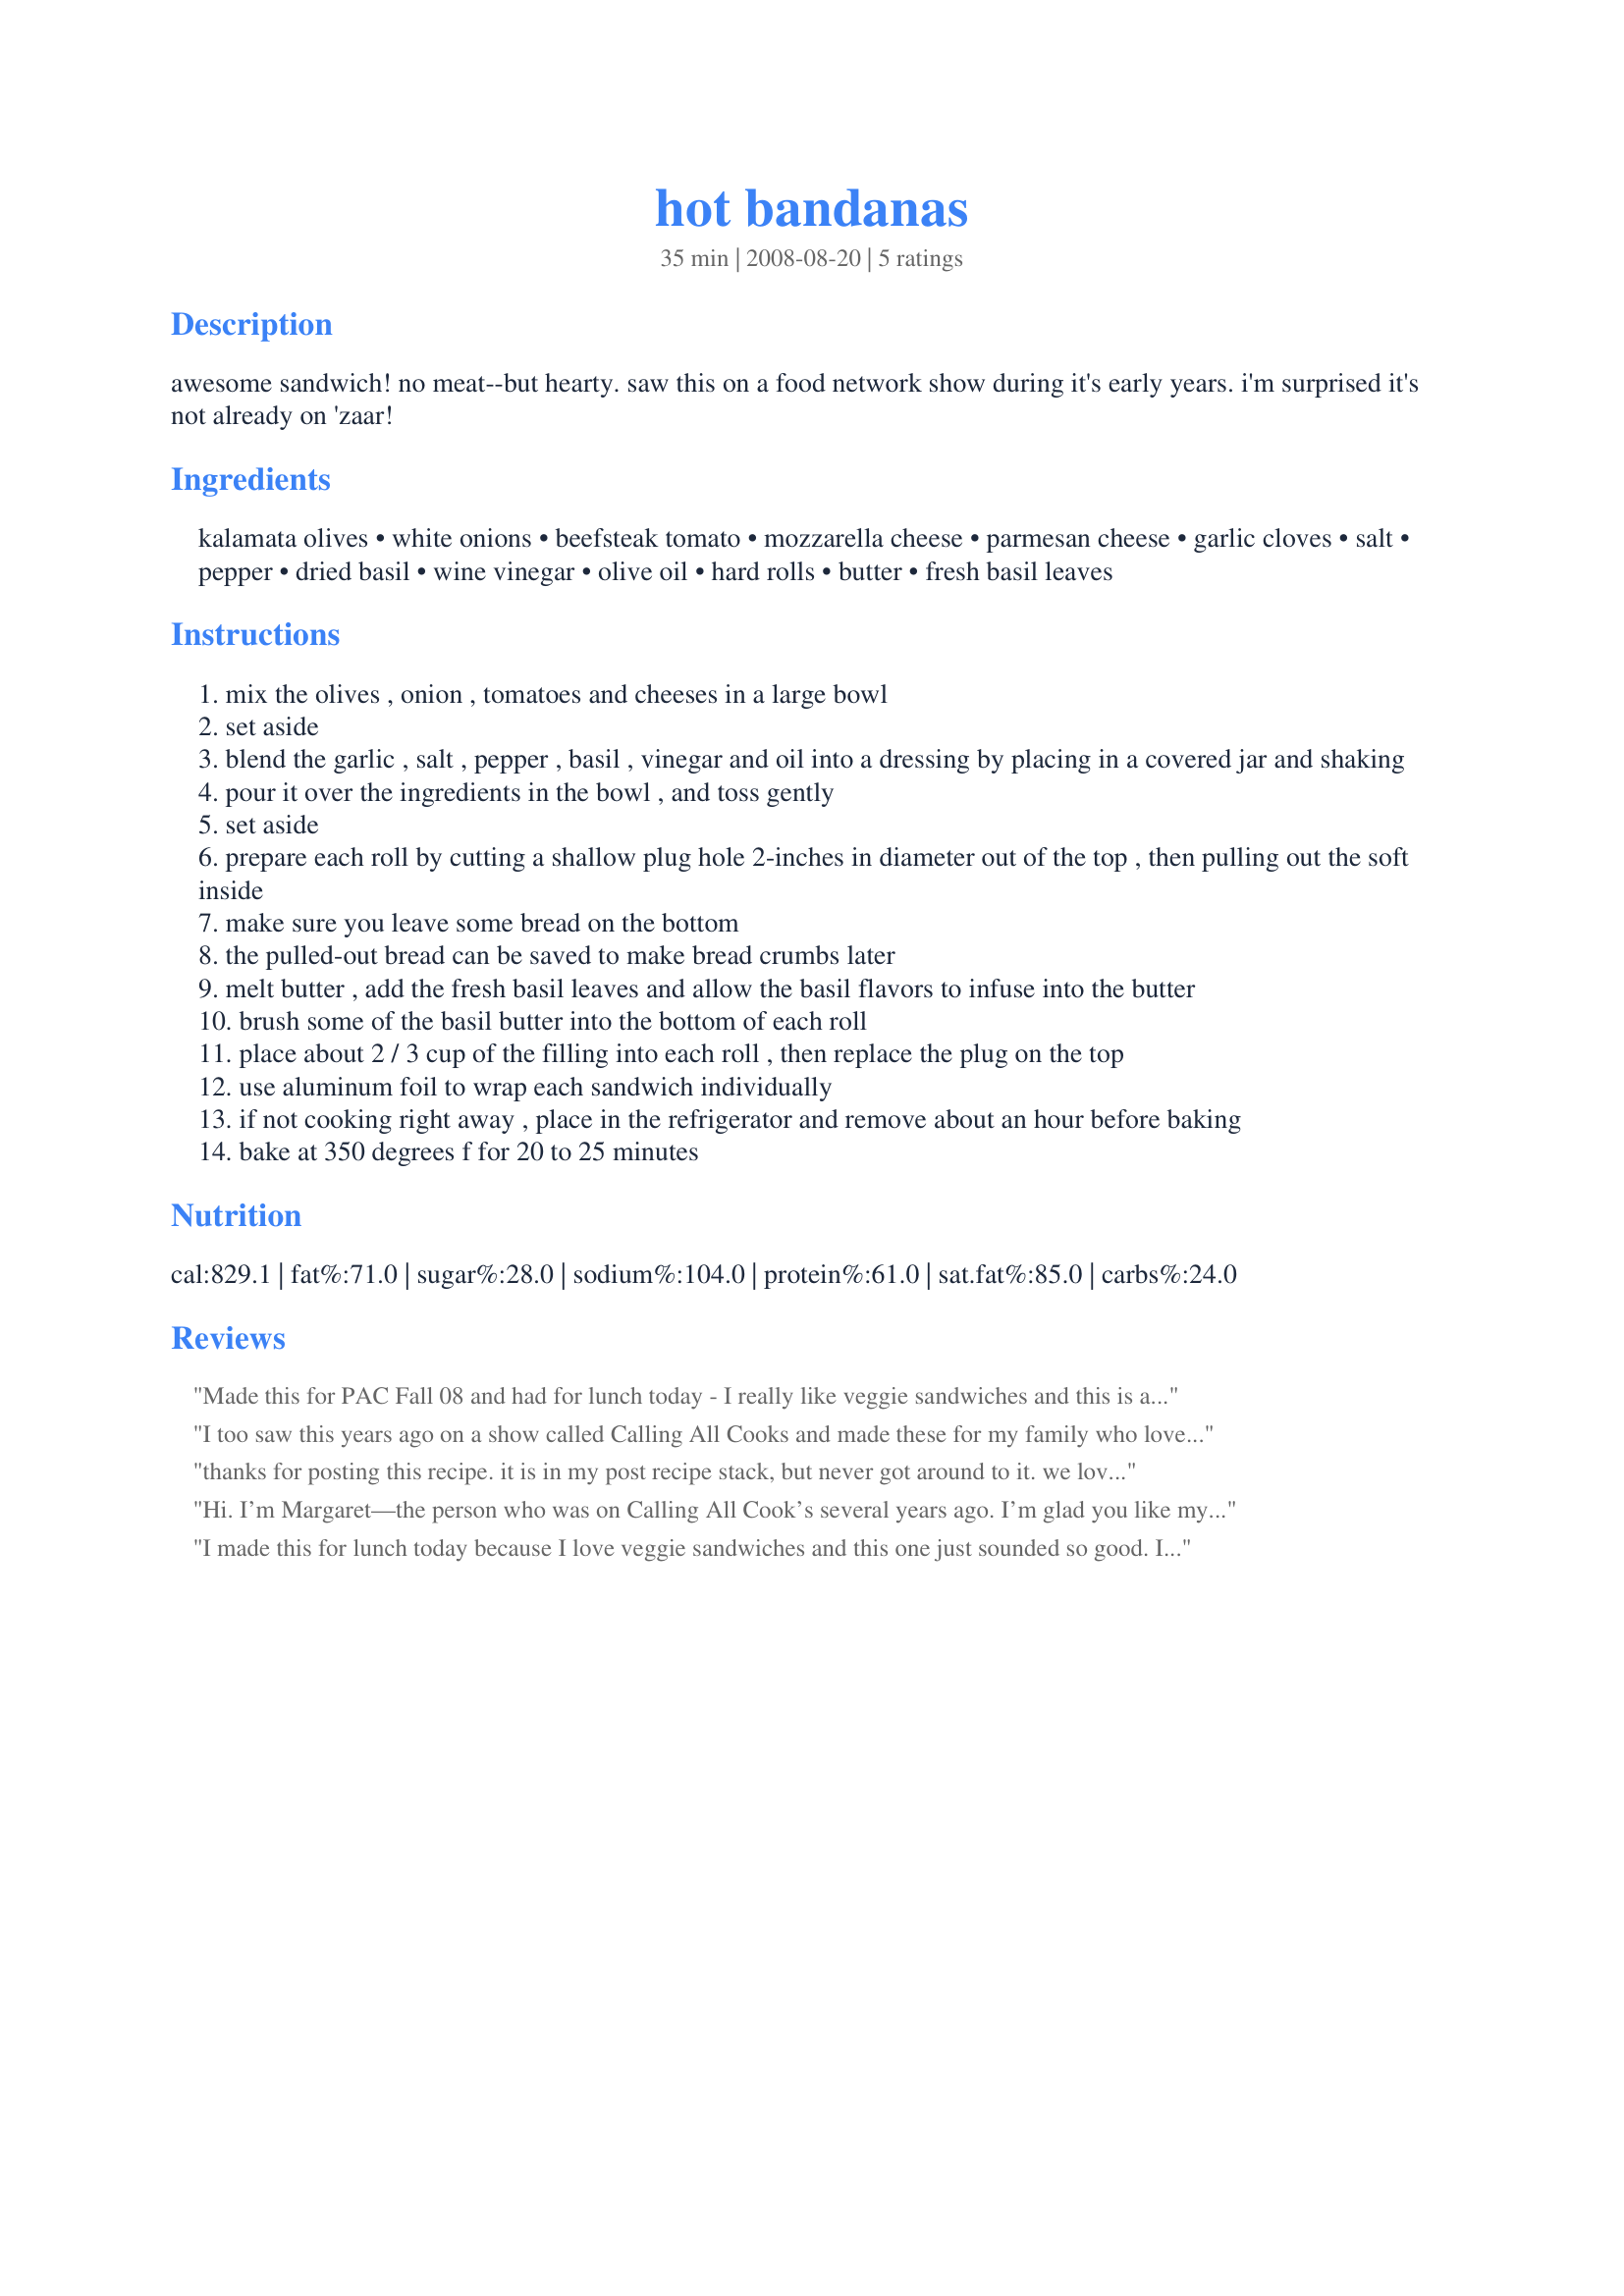
hot bandanas
Preparation time: 35 minutes

awesome sandwich! no meat--but hearty. saw this on a food network show during it's early years. i'm surprised it's not already on 'zaar!

Ingredients:
kalamata olives, white onions, beefsteak tomato, mozzarella cheese, parmesan cheese, garlic cloves, salt, pepper, dried basil, wine vinegar, olive oil, hard rolls, butter, fresh basil leaves

Steps:
mix the olives , onion , tomatoes and cheeses in a large bowl
set aside
blend the garlic , salt , pepper , basil , vinegar and oil into a dressing by placing in a covered jar and shaking
pour it over the ingredients in the bowl , and toss gently
set aside
prepare each roll by cutting a shallow plug hole 2-inches in diameter out of the top , then pulling out the soft inside
make sure you leave some bread on the bottom
the pulled-out bread can be saved to make bread crumbs later
melt butter , add the fresh basil leaves and allow the basil flavors to infuse into the butter
brush some of the basil butter into the bottom of each roll
place about 2 / 3 cup of the filling into each roll , then replace the plug on the top
use aluminum foil to wrap each sandwich individually
if not cooking right away , place in the refrigerator and remove about an hour before baking
bake at 350 degrees f for 20 to 25 minutes

Reviews:
Made this for PAC Fall 08 and had for lunch today - I really like veggie sandwiches and this is a really nice one. I did cut the amount in half as there's only me here at the time and it still made a LOT. Love the combination of flavors. I think I the next time I'll try toasting the bread, topping it w/some of the cheese and just grilling it long enough to melt. Very nice and unusual sandwich that I really enjoyed.
I too saw this years ago on a show called Calling All Cooks and made these for my family who loved them. I have looked for recipes from that show before with no luck so glad someone posted this. Wish they would bring that show back it is so interesting too see inside other regular peoples homes and have them share their family traditions and recipes.
thanks for posting this recipe. it is in my post recipe stack, but never got around to it. we love these and make them all of the time. the combination of all of the ingredients make it just luscious especially after they are baked.
Hi. I’m Margaret—the person who was on Calling All Cook’s several years ago. I’m glad you like my recipe. However, whoever’s picture on the website I have a comment. Wrong bread is used. Use hard round rolls—not packaged. Make sure you pull the stuffing out and use it later for some other recipe Margaret
I made this for lunch today because I love veggie sandwiches and this one just sounded so good. I expected to hear some grumbling from the kids though...only thing I heard from them was "Mom, these sandwiches are so good"! It was my picky husband who was pulling things out of his sandwich and setting it aside. I had a little left over veggies and cheese cubes in the bowl so I added some mixed lettuce, fresh herbs, bell pepper, and chopped carrot tossing well for a salad to round out our lunch. Thanks for posting this recipe I will definitely be making it again.
